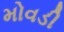
મોવડી